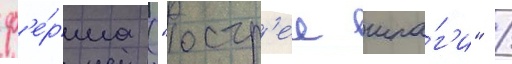
ф'е́рма ("остр'ее шпа́г'и" /